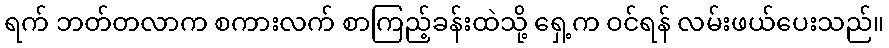
ရက် ဘတ်တလာက စကားလက် စာကြည့်ခန်းထဲသို့ ရှေ့က ဝင်ရန် လမ်းဖယ်ပေးသည်။